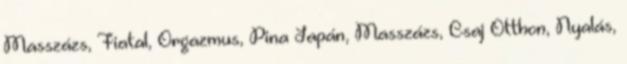
Masszázs, Fiatal, Orgazmus, Pina Japán, Masszázs, Csaj Otthon, Nyalás,